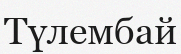
Түлембай